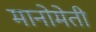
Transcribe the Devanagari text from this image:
मानोमेती